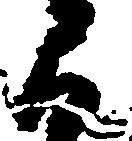
間